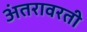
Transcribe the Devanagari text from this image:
अंतरावरती